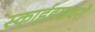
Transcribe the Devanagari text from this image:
स्काईडाइवरों